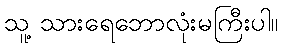
သူ့ သားရေဘောလုံးမကြီးပါ။